Civil Veterinary Dept. North-West Frontier Province 1901-22 - 1901-1922
Year: 1901
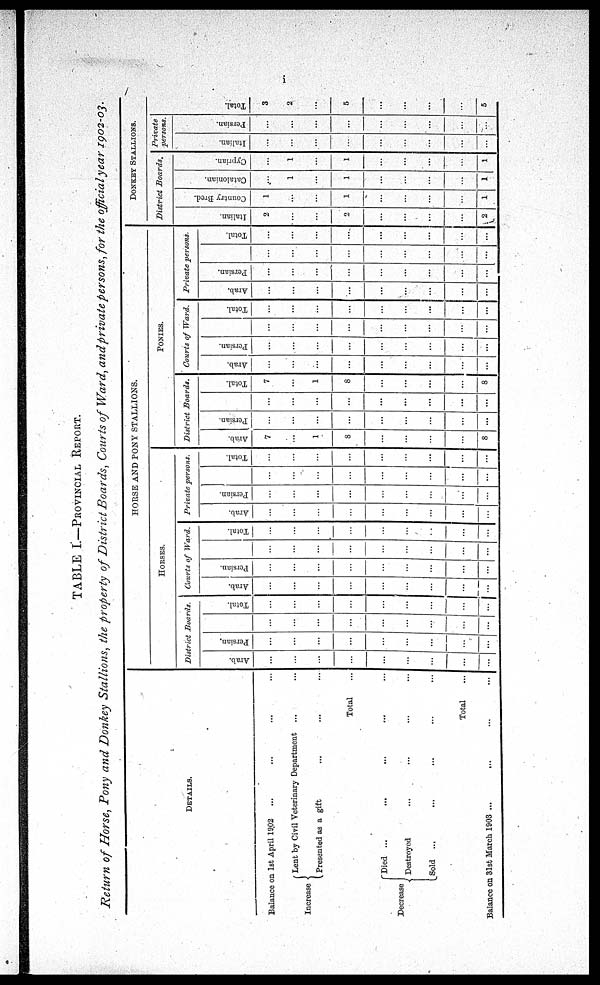
i
TABLE I—PROVINCIAL REPORT.
Return of Horse, Pony and Donkey Stallions, the property of District Boards, Courts of Ward, and private persons, for the official year 1902-03.
DETAILS.
Balance on 1st April 1902 ... ... ... ...
Increase
Lent by Civil Veterinary Department ... ...
Presented as a gift ... ... ...
Total ...
Decrease
Died
... ... ... ... ...
Destroyed ... ... ... ...
Sold ... ... ... ... ...
Total ...
Balance on 31st March 1903 ... ... ... ...
HORSE AND PONY STALLIONS.
HORSES.
District Boards.
Arab.
...
...
...
...
...
...
...
...
...
Persian.
...
...
...
...
...
...
...
...
...
...
...
...
...
...
...
...
...
...
Total.
...
...
...
...
...
...
...
...
...
Courts of Ward.
Arab.
...
...
...
...
...
...
...
...
...
Persian.
...
...
...
...
...
...
...
...
...
...
...
...
...
...
...
...
...
...
Total.
...
...
...
...
...
...
...
...
...
Private persons.
Arab.
...
...
...
...
...
...
...
...
...
Persian.
...
...
...
...
...
...
...
...
...
...
...
...
...
...
...
...
...
...
Total.
...
...
...
...
...
...
...
...
...
PONIES.
District
Boards.
Arab.
7
...
1
8
...
...
...
...
8
Persian.
...
...
...
...
...
...
...
...
...
...
...
...
...
...
...
...
...
...
Total.
7
...
1
8
...
...
...
...
8
Courts of Ward.
Arab.
...
...
...
...
...
...
...
...
...
Persian.
...
...
...
...
...
...
...
...
...
...
...
...
...
...
...
...
...
...
Total.
...
...
...
...
...
...
...
...
...
Private persons.
Arab.
...
...
...
...
...
...
...
...
...
Persian.
...
...
...
...
...
...
...
...
...
...
...
...
...
...
...
...
...
...
Total.
...
...
...
...
...
...
...
...
...
DONKEY STALLIONS.
District
Boards.
Italian.
2
...
...
2
...
...
...
...
2
Country Bred.
1
...
...
1
...
...
...
...
1
Catalonian.
...
1
...
1
...
...
...
...
1
Cyprian.
...
1
...
1
...
...
...
...
1
Private
persons.
Italian.
...
...
...
...
...
...
...
...
...
Persian.
...
...
...
...
...
...
...
...
...
Tot al .
3
2
...
5
...
...
...
...
5